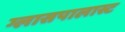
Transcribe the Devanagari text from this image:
ग्लासपालास्ट